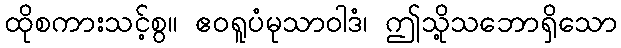
ထိုစကားသင့်စွ။ ဧဝရူပံမုသာဝါဒံ၊ ဤသို့သဘောရှိသော